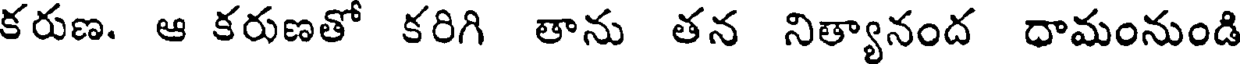
కరుణ. ఆ కరుణతో కరిగి తాను తన నిత్యానంద ధామంనుండి